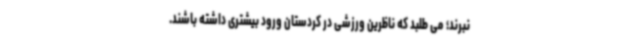
نبرند؛ می طلبد که ناظرین ورزشی در کردستان ورود بیشتری داشته باشند.